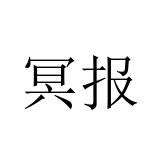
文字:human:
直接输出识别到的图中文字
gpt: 冥报